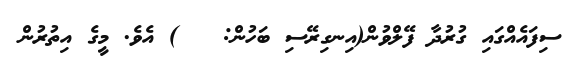
ސިފައެއްގައި ގުރުދާ ފޭލްވުން(އިނގިރޭސި ބަހުން:   ) އެވެ. މީގެ އިތުރުން